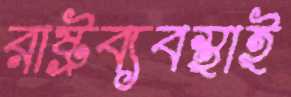
রাষ্ট্রব্যবস্থাই